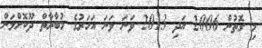
މި ގޮތުން 2006 އަދި 2013 ވަނަ ވަނަ އަހަރުގެ މުބާރާތް ދޫކޮށްލަން